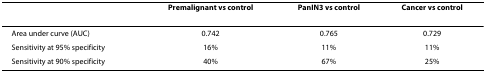
<table><thead><tr><td></td><td><b>Premalignant vs control</b></td><td><b>PanIN3 vs control</b></td><td><b>Cancer vs control</b></td></tr></thead><tbody><tr><td>Area under curve (AUC)</td><td>0.742</td><td>0.765</td><td>0.729</td></tr><tr><td>Sensitivity at 95% specificity</td><td>16%</td><td>11%</td><td>11%</td></tr><tr><td>Sensitivity at 90% specificity</td><td>40%</td><td>67%</td><td>25%</td></tr></tbody></table>